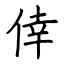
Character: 倖